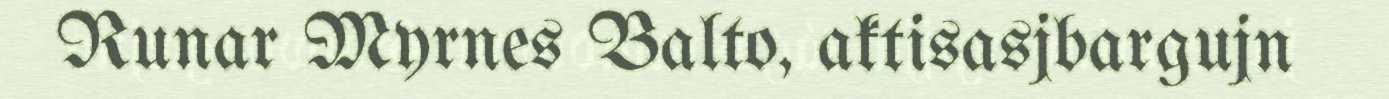
Runar Myrnes Balto, aktisasjbargujn